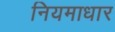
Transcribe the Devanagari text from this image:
नियमाधार